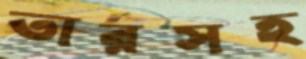
তারসহ